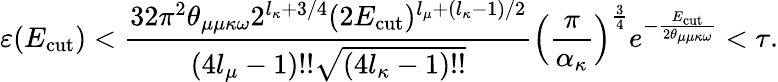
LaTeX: \varepsilon(E_{\mathrm{cut}})<\frac{32\pi^{2}\theta_{\mu\mu\kappa\omega}2^{l_{\kappa}+3/4}(2E_{\mathrm{cut}})^{l_{\mu}+(l_{\kappa}-1)/2}}{(4l_{\mu}-1)!!\sqrt{(4l_{\kappa}-1)!!}}\Big(\frac{\pi}{\alpha_{\kappa}}\Big)^{\frac{3}{4}}e^{-\frac{E_{\mathrm{cut}}}{2\theta_{\mu\mu\kappa\omega}}}<\tau.